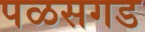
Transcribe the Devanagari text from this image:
पळसगड